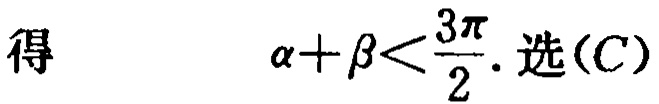
得 \(\alpha+\beta<\frac{3\pi}{2}\). 选(C)